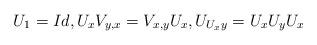
LaTeX: \begin{align*}U_{1}=Id,U_{x}V_{y,x}=V_{x,y}U_{x},U_{U_{x}y}=U_{x}U_{y}U_{x} \end{align*}